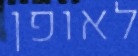
לאופן